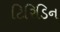
ટિરિડિન